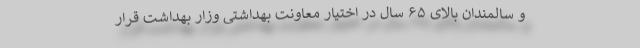
و سالمندان بالای ۶۵ سال در اختیار معاونت بهداشتی وزار بهداشت قرار